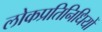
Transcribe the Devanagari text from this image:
लोकप्रतिनिधियों